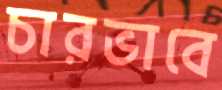
চারভাবে